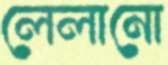
লেলানো